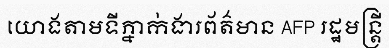
យោងតាមទីភ្នាក់ងារព័ត៌មាន AFP រដ្ឋមន្ត្រី